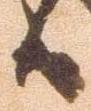
候